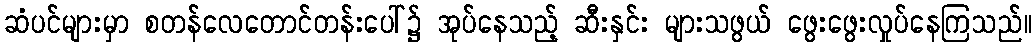
ဆံပင်များမှာ စတန်လေတောင်တန်းပေါ်၌ အုပ်နေသည့် ဆီးနှင်း များသဖွယ် ဖွေးဖွေးလှုပ်နေကြသည်။